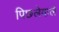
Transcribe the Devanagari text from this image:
पिछलेवाले